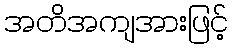
အတိအကျအားဖြင့်